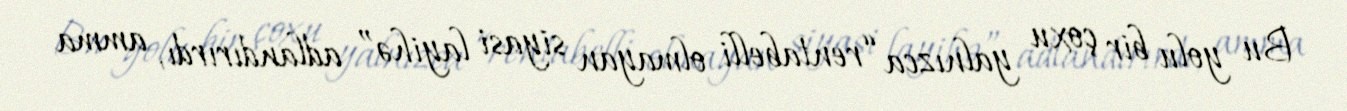
Bu yolu bir çoxu yalnızca “rentabelli olmayan siyasi layihə” adlandırırdı, amma